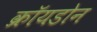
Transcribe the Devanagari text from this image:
क्रॉयडोन